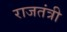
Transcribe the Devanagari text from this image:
राजतंत्री